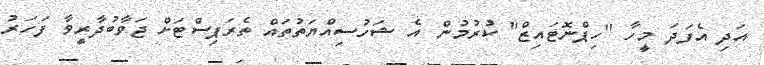
އަދި އެފަދަ މީހާ "ހިޕްނޮޓައިޒް" ކުރުމުން އެ ޝަހުސިއްޔަތުތައް ތެރަޕިސްޓަށް ޖަވާބުދާރީވާ ފަހަރު